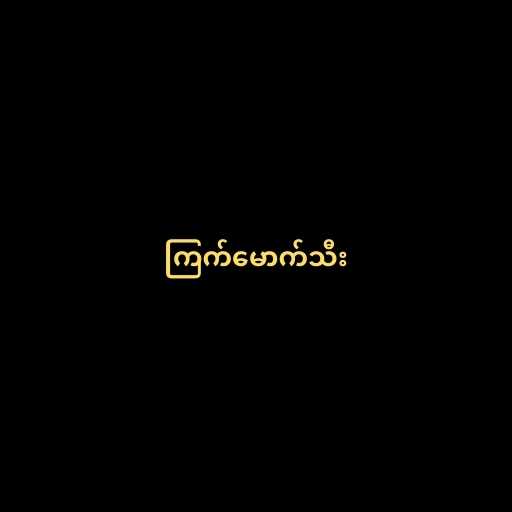
ကြက်မောက်သီး